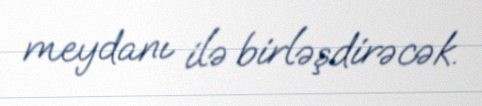
meydanı ilə birləşdirəcək.